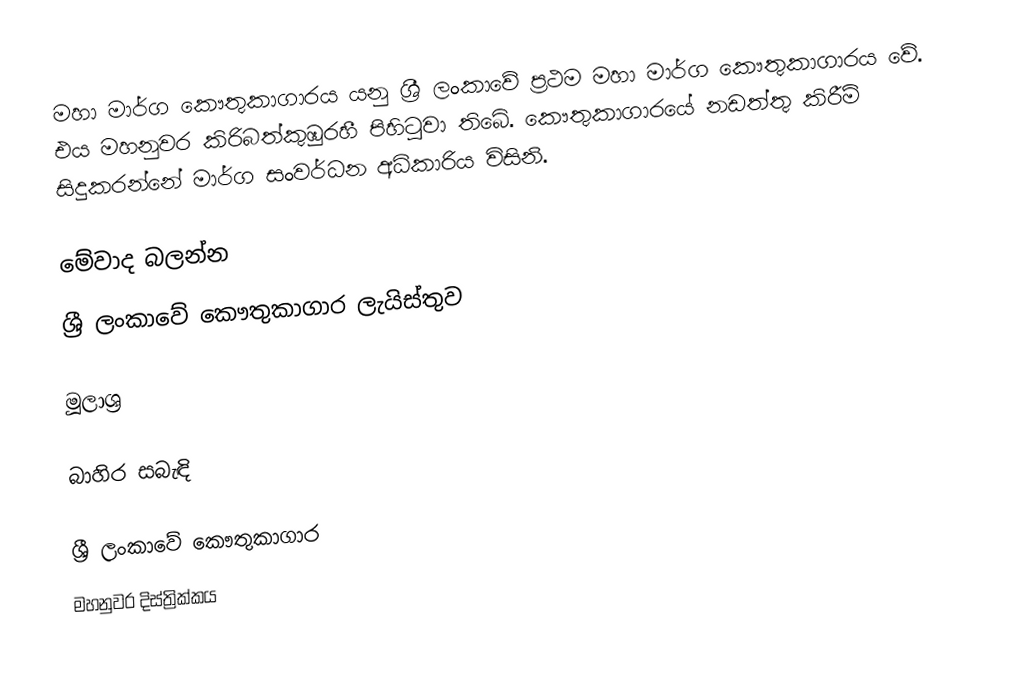
මහා මාර්ග කෞතුකාගාරය යනු ශ්‍රී ලංකාවේ ප්‍රථම මහා මාර්ග කෞතුකාගාරය වේ. එය මහනුවර කිරිබත්කුඹුරහී පිහිටුවා තිබේ. කෞතුකාගාරයේ නඩත්තු කිරීම් සිදුකරන්නේ මාර්ග සංවර්ධන අධිකාරිය විසිනි.

මේවාද බලන්න
ශ්‍රී ලංකාවේ කෞතුකාගාර ලැයිස්තුව

මූලාශ්‍ර

බාහිර සබැඳි

ශ්‍රී ලංකාවේ කෞතුකාගාර
මහනුවර දිස්ත්‍රික්කය